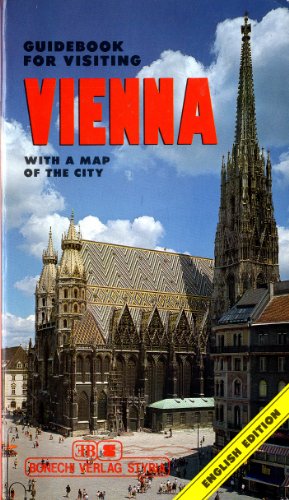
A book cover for Guidebook for Visiting Vienna with a Map of the City; Travel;